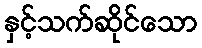
နှင့်သက်ဆိုင်သော